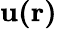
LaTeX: \mathbf{u(r)}